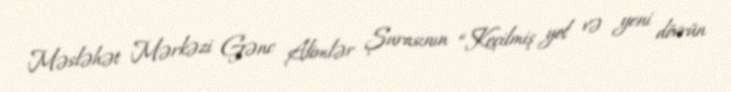
Məsləhət Mərkəzi Gənc Alimlər Şurasının “Keçilmiş yol və yeni dövrün